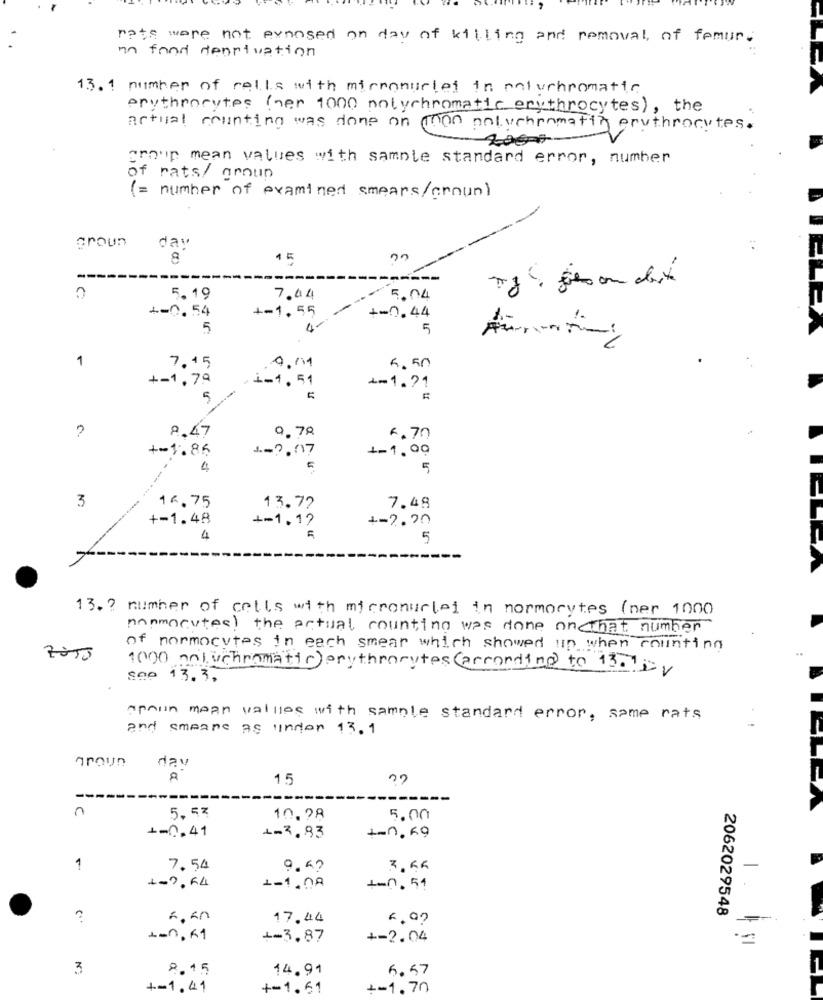
rats were not exposed on day of killing and removal, of femur.
in fond deprivation
13.1 number of cells with mirronurlet in poluchromatic
erythrocytes (her 1000 nolychromatic erythrocytes) , the
actual counting was done on mon poluchenmatin erythrocytes.
2000
group mean values with samnte standard error, number
of rats/ arnun
(= number of examined smears/crown)
Groun
day
5. 19
7,44
5.04
+-
1.55
2-0. 54
+-0.44
5
5
1
7.15
4.50
+-1.79
-1. 51
4-1.21
5
9.47
0.78
?
6.70
+-1.86
1-2,07
4-1.00
4
5
3
16.75
13.72
7.48
+-1.48
+=1.17
+-7.20
4
5
-LEA
13. ? number of cells with micronuclei in normorytes (ner 1000
nonmocutee) the actual counting was done on that number
of normocutes in each smear which showed up when counting
..
1000 anluchromatic) erythrocytes (according to 13.1;v
sep 13.3.
appin mean values with sample standard error, same rats
and smeans as under 13.1
nroun
day
a
15
---
5.53
10.98
5.00
+-0.41
1.2.83
t-n.F9
1
7.54
3.KR
-
1-7,64
1-1 .00
+-0.51
2062029548
17.44
L-n.K1
+-3.87
+-2.04
3
8.15
14.91
6.57
+-1.41
+=1.61
+-1.70